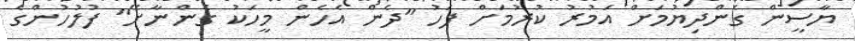
ޔާސީން ގެންދިޔުމަށް އަމުރު ކުރުމަށް ފަހު "ދެން އެހެން މީހަކު ގެންނާށޭ" ފުލުހުންގެ